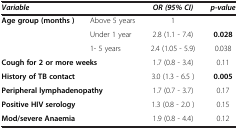
| <COLSPAN=2> Variable | OR (95% CI) | p-value |
 | --- | --- | --- | --- |
 | <ROWSPAN=3> Age group (months ) | Above 5 years | 1 |  |
 | Under 1 year | 2.8 (1.1 - 7.4) | 0.028 |
 | 1- 5 years | 2.4 (1.05 - 5.9) | 0.038 |
 | <COLSPAN=2> Cough for 2 or more weeks | 1.7 (0.8 - 3.4) | 0.11 |
 | <COLSPAN=2> History of TB contact | 3.0 (1.3 - 6.5 ) | 0.005 |
 | <COLSPAN=2> Peripheral lymphadenopathy | 1.7 (0.7 - 3.7) | 0.17 |
 | <COLSPAN=2> Positive HIV serology | 1.3 (0.8 - 2.0 ) | 0.15 |
 | <COLSPAN=2> Mod/severe Anaemia | 1.9 (0.8 - 4.4) | 0.12 |